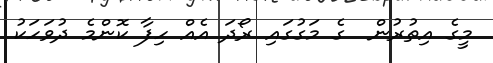
މީގެ އިތުރުން  ގެ މަގުގައި ރޯދަ އެއް ހިފާ ކޮންމެ ދުވަހަކު